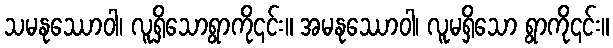
သမနုဿောဝါ၊ လူရှိသောရွာကို၎င်း။ အမနုဿောဝါ၊ လူမရှိသော ရွာကို၎င်း။